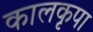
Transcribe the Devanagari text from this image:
कालकृपा